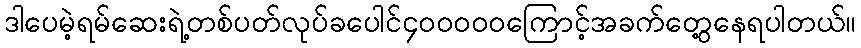
ဒါပေမဲ့ရမ်ဆေးရဲ့တစ်ပတ်လုပ်ခပေါင်၄၀၀၀၀၀ကြောင့်အခက်တွေ့နေရပါတယ်။